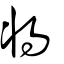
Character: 將